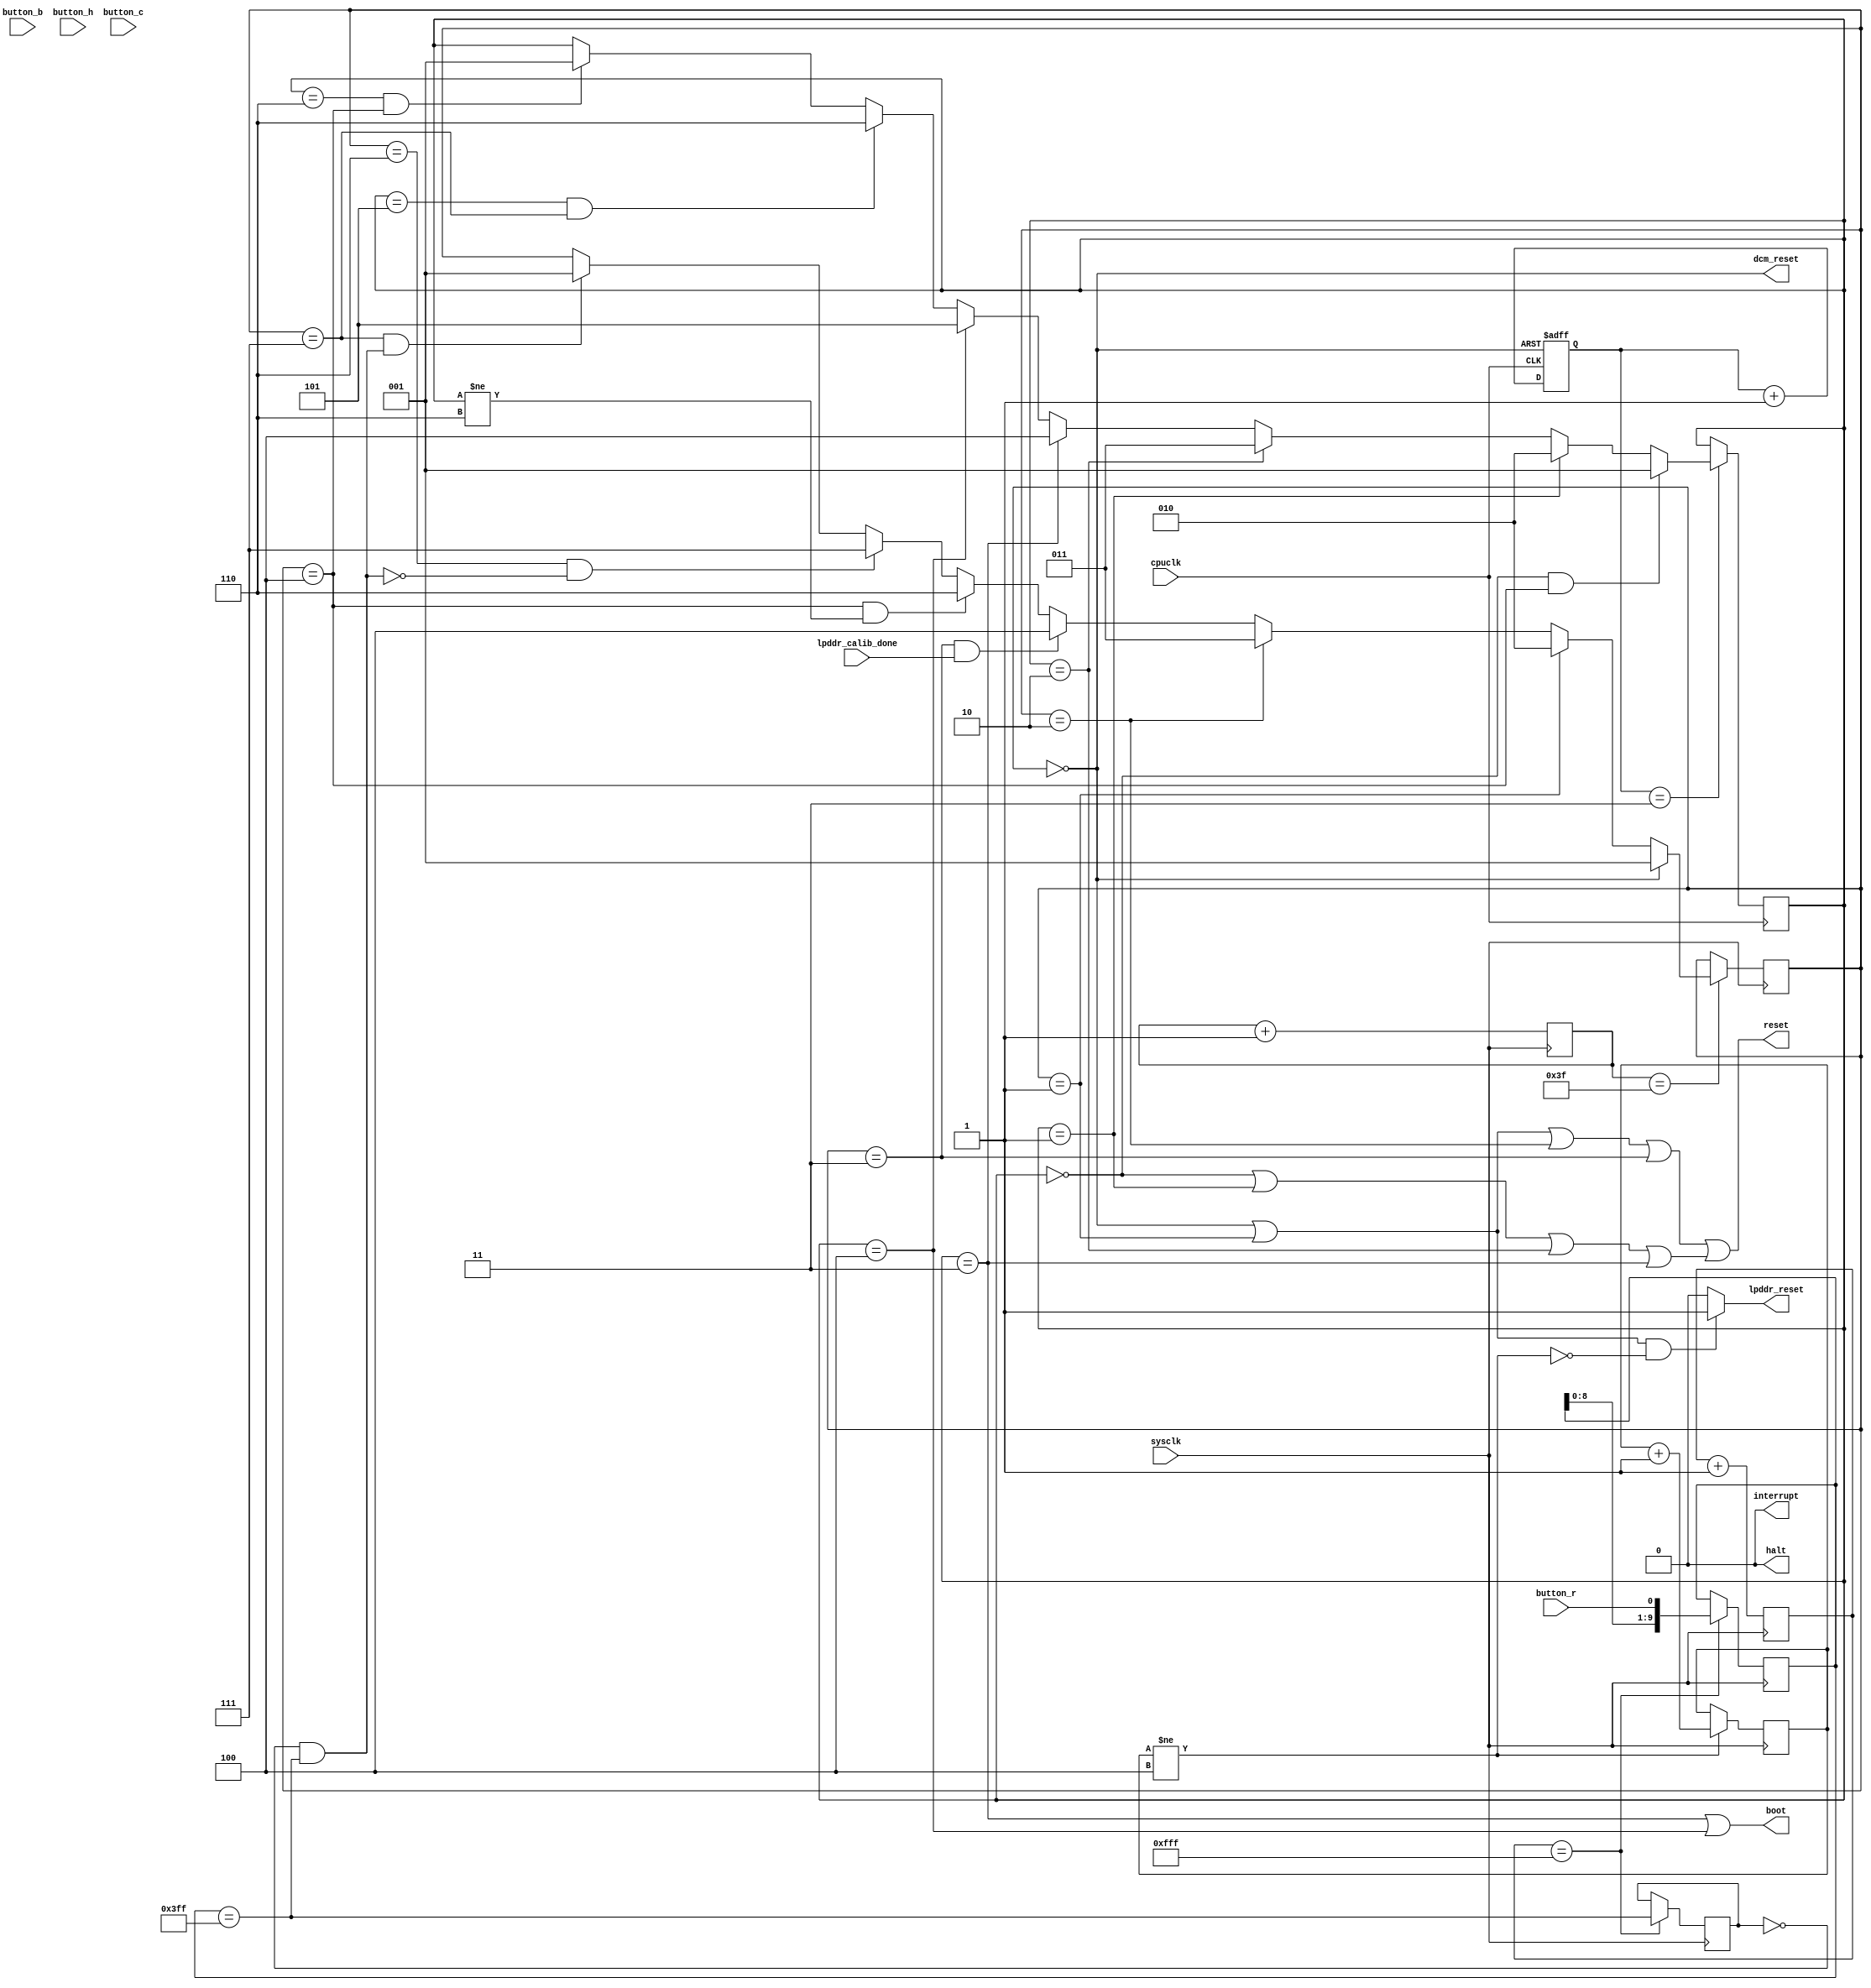
//
// fpga support
// generate dcm_reset, lpddr_reset, reset & boot signals for cpu
//

module support(sysclk, cpuclk, button_r, button_b, button_h, button_c,
	       lpddr_reset, lpddr_calib_done,
	       dcm_reset, reset, interrupt, boot, halt);

   input sysclk;
   input cpuclk;
   input button_r;
   input button_b;
   input button_h;
   input button_c;
   input lpddr_calib_done;
  
   output lpddr_reset;
   output dcm_reset;
   output reset;
   output interrupt;
   output boot;
   output halt;

   //
   reg [11:0] sys_slowcount;
   reg [5:0]  sys_medcount;
   reg [1:0]  cpu_slowcount;
   
   wire       sys_medevent;
   wire       sys_slowevent;
   wire       cpu_slowevent;
   
   reg [2:0]  reset_state;
   wire [2:0]  reset_state_next;

   parameter r_init = 3'd0,	// power-on	    dcm-reset lpddr-reset cpu-reset
	       r_reset1 = 3'd1,	// reset-pushed	              lpddr-reset cpu-reset
	       r_reset2 = 3'd2,	// 		                          cpu-reset
	       r_reset3 = 3'd3,	// lpddr-calib-wait                       cpu-reset
	       r_reset4 = 3'd4,	// cpu-wait
     	       r_reset5 = 3'd5,	// (unused)
	       r_wait   = 3'd6,	// reset-released
	       r_idle   = 3'd7;	// system-up, idle
   

   reg [2:0]   cpu_state;
   wire [2:0]  cpu_state_next;

   parameter c_init = 3'd0,        // power-on
	       c_reset1 = 3'd1,	//                cpu-reset
	       c_reset2 = 3'd2,	//                cpu-reset
	       c_reset3 = 3'd3,	//                cpu-reset boot
	       c_boot   = 3'd4,	//                          boot
   	       c_wait   = 3'd5,	// wait-for-reset-idle
               c_idle   = 3'd6;	// cpu-running, idle
   
   reg [9:0]  hold;
   wire       press_detected;
   wire       pressed;
   reg 	      press_history;

   assign interrupt = 1'b0;
   assign halt = 1'b0;

   initial
     begin
	reset_state = 0;
	cpu_state = 0;
	sys_slowcount = 0;
	sys_medcount = 0;
	cpu_slowcount = 0;
	hold = 0;
	press_history = 0;
     end

   // debounce clock
   always @(posedge cpuclk or posedge dcm_reset)
     if (dcm_reset)
       cpu_slowcount <= 0;
     else
       cpu_slowcount <= cpu_slowcount + 2'd1;

   // wait n clocks before asserting lpddr reset
   wire lpddr_reset_holdoff;
   reg [3:0] lpddr_reset_holdoff_cnt;

   initial
     lpddr_reset_holdoff_cnt = 0;

   always @(posedge sysclk)
     if (lpddr_reset_holdoff_cnt != 4'd4)
       lpddr_reset_holdoff_cnt <= lpddr_reset_holdoff_cnt + 4'd1;
   
   assign lpddr_reset_holdoff = lpddr_reset_holdoff_cnt != 4'd4;

   // sequence resets... dcm, lpddr, reset, boot
   wire cpu_in_reset;

   assign cpu_in_reset = (reset_state == r_init ||
			  reset_state == r_reset1 ||
			  reset_state == r_reset2 ||
			  reset_state == r_reset3) ||
			 (cpu_state == c_init ||
			  cpu_state == c_reset1 ||
			  cpu_state == c_reset2 ||
			  cpu_state == c_reset3);
   
   
   assign dcm_reset = reset_state == r_init/* || reset_state == r_reset1*/;
   assign lpddr_reset = (reset_state == r_init || reset_state == r_reset1) &&
			~lpddr_reset_holdoff ? 1'b1 : 1'b0;
   assign reset = cpu_in_reset;
   assign boot = cpu_state == c_reset3 || cpu_state == c_boot;
   
   // cpu reset state machine
   assign cpu_state_next =
			  (cpu_state == c_init && reset_state == r_reset4) ? c_reset1 :
			  (cpu_state == c_reset1) ? c_reset2 :
			  (cpu_state == c_reset2) ? c_reset3 :
			  (cpu_state == c_reset3) ? c_boot :
			  (cpu_state == c_boot) ? c_wait :
			  (cpu_state == c_wait && reset_state == r_idle) ? c_idle :
			  (cpu_state == c_idle && reset_state == r_reset4) ? c_reset1 :
			  cpu_state;

   assign cpu_slowevent = cpu_slowcount == 2'b11;
   
   always @(posedge cpuclk)
     if (cpu_slowevent)
       begin
	  cpu_state <= cpu_state_next;
`ifdef debug
	  if (cpu_state != cpu_state_next)
	    $display("cpu_state %d", cpu_state_next);
`endif
       end

   // infrastructure reset state machine
   assign reset_state_next =
			    (reset_state == r_init) ? r_reset1 :
			    (reset_state == r_reset1) ? r_reset2 :
			    (reset_state == r_reset2) ? r_reset3 :
			    (reset_state == r_reset3 && lpddr_calib_done) ? r_reset4 :
			    (reset_state == r_reset4 && cpu_state != c_idle) ? r_wait :
			    (reset_state == r_wait & ~pressed) ? r_idle :
			    (reset_state == r_idle && pressed) ? r_reset1 :
			    reset_state;
			    
   always @(posedge sysclk)
     if (sys_medevent)
       begin
	  reset_state <= reset_state_next;
`ifdef debug
	  if (reset_state != reset_state_next)
	    $display("reset_state %d", reset_state_next);
`endif
       end
   
   // dcm clock
   always @(posedge sysclk)
     begin
	sys_medcount <= sys_medcount + 6'd1;
     end

   assign sys_medevent = sys_medcount == 6'b111111;
   
   // debounce clock
   always @(posedge sysclk)
     begin
	sys_slowcount <= sys_slowcount + 12'd1;
     end

   assign sys_slowevent = sys_slowcount == 12'hfff;
   
   // sample push button
   always @(posedge sysclk)
     if (sys_slowevent)
       hold <= { hold[8:0], button_r };

   assign press_detected = hold == 10'b1111111111;

   // generate button events
   always @(posedge sysclk)
     if (sys_slowevent)
       press_history <= press_detected;

   assign pressed = (!press_history && press_detected);
   //assign released = (press_history && ~press_detected);

endmodule